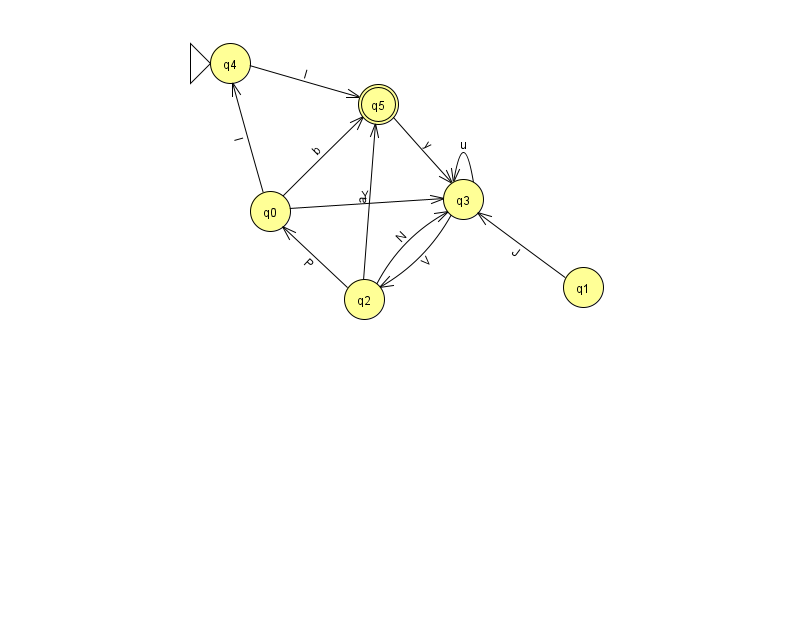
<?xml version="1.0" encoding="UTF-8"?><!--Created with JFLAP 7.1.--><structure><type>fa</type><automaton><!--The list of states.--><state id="0" name="q0"><x>270.0</x><y>198.0</y></state><state id="1" name="q1"><x>583.0</x><y>274.0</y></state><state id="2" name="q2"><x>364.0</x><y>286.0</y></state><state id="3" name="q3"><x>463.0</x><y>186.0</y></state><state id="4" name="q4"><x>230.0</x><y>50.0</y><initial/></state><state id="5" name="q5"><x>378.0</x><y>91.0</y><final/></state><!--The list of transitions.--><transition><from>0</from><to>3</to><read>Y</read></transition><transition><from>2</from><to>3</to><read>N</read></transition><transition><from>4</from><to>5</to><read>I</read></transition><transition><from>3</from><to>3</to><read>u</read></transition><transition><from>2</from><to>0</to><read>P</read></transition><transition><from>2</from><to>5</to><read>a</read></transition><transition><from>3</from><to>2</to><read>V</read></transition><transition><from>0</from><to>4</to><read>I</read></transition><transition><from>0</from><to>5</to><read>b</read></transition><transition><from>5</from><to>3</to><read>y</read></transition><transition><from>1</from><to>3</to><read>J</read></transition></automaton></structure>